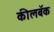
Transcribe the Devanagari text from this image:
कीलबॅक